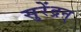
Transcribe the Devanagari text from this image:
सुरेंद्रन्